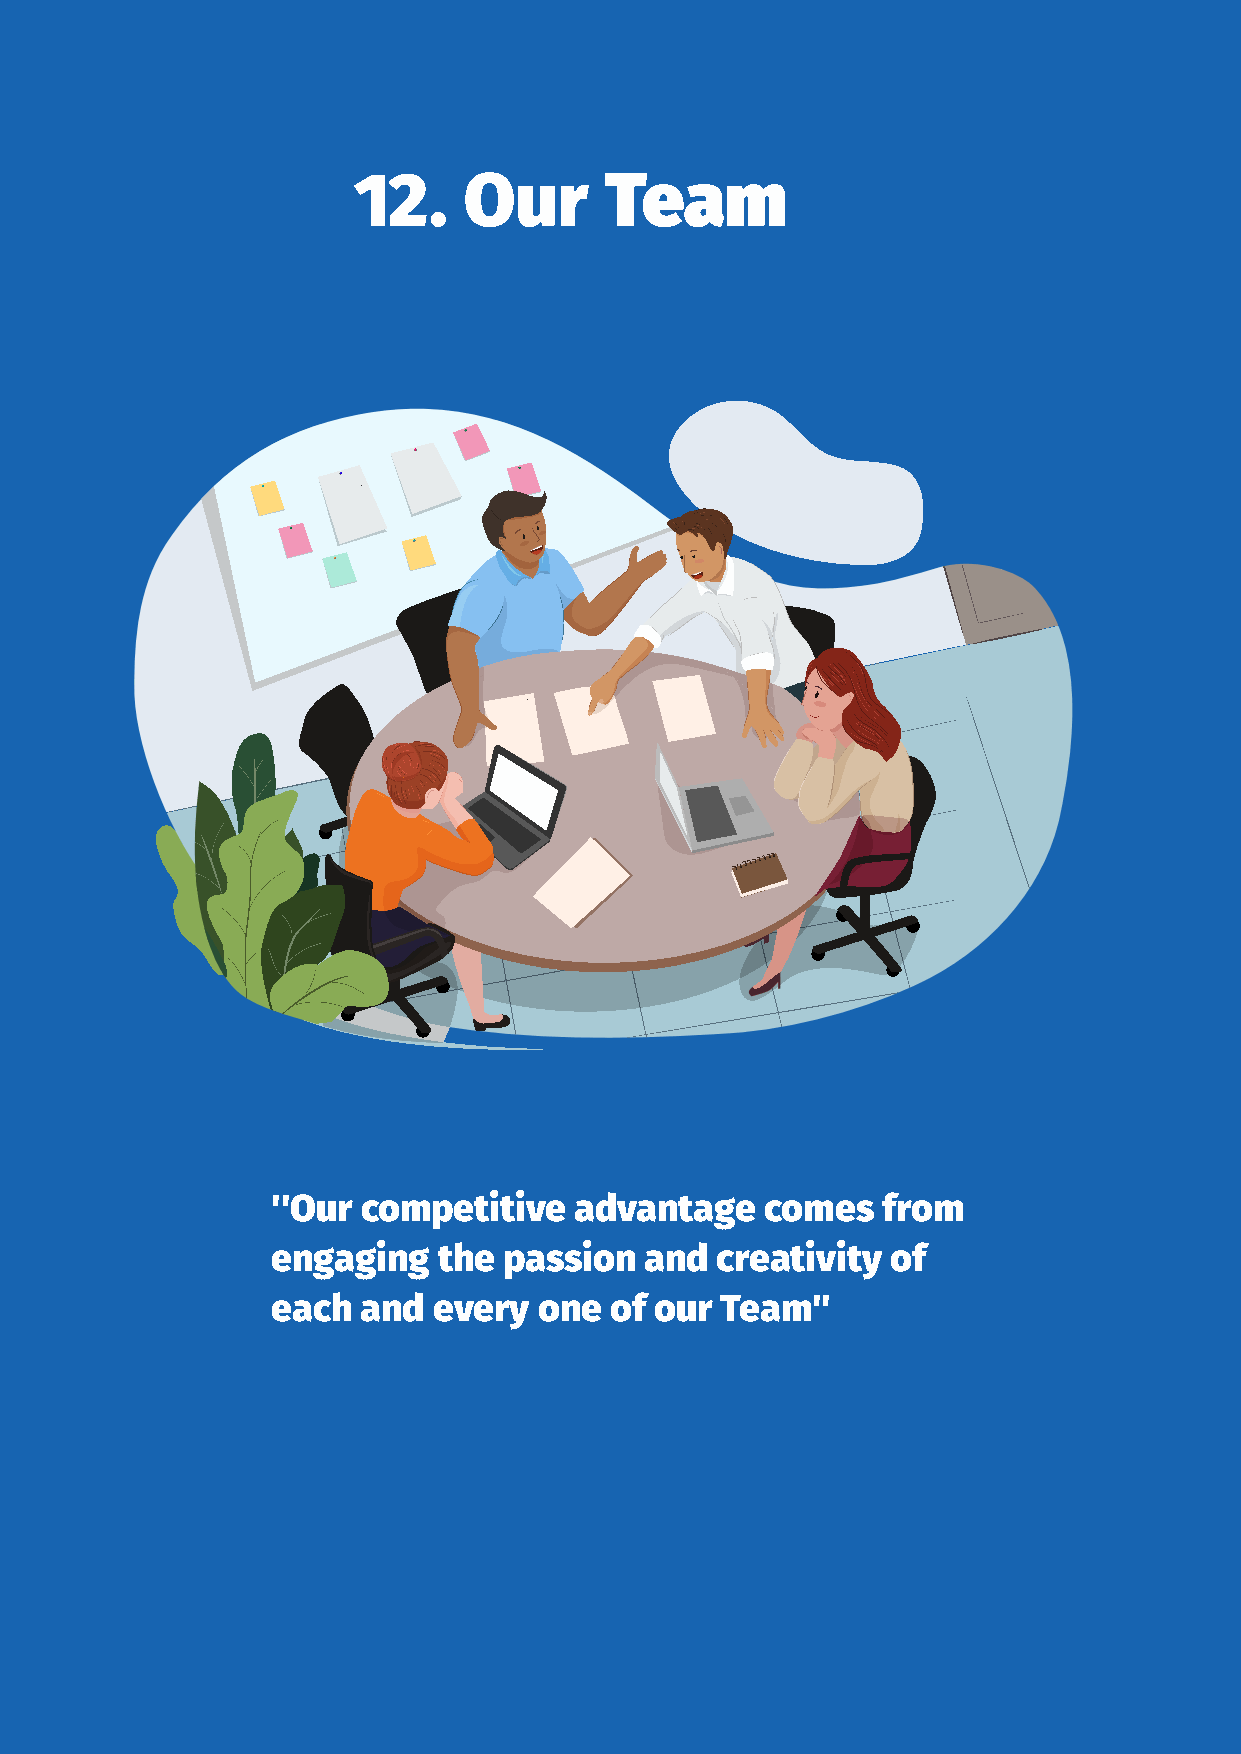
12.     Our      Team
 ''Our competitive   advantage    comes  from
 engaging   the passion   and creativity  of
 each  and  every  one of our  Team''